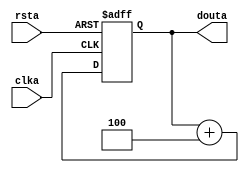
`timescale 1ns / 1ps
//////////////////////////////////////////////////////////////////////////////////
// Company: 
// Engineer: 
// 
// Design Name: 
// Module Name:    PROGRAM_COUNTER 
// Project Name: 
// Target Devices: 
// Tool versions: 
// Description: 
//
// Dependencies: 
//
// Revision: 
// Revision 0.01 - File Created
// Additional Comments: 
//
//////////////////////////////////////////////////////////////////////////////////
module PROGRAM_COUNTER(
  clka,
  rsta,
  douta
  );

  input clka;
  input rsta;
  output reg [31 : 0] douta;

  initial douta = 32'hffff_fffc;

  always @(posedge clka or posedge rsta) begin
    if (rsta) begin
      douta <= 0;
    end else begin
      douta <= douta + 4;
    end
  end

endmodule